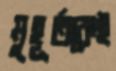
মুহূর্তকেই